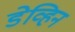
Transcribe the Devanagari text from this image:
डेव्हिन